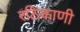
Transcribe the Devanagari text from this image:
रठिकाणी